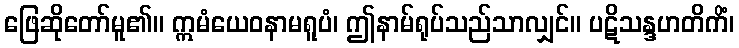
ဖြေဆိုတော်မူ၏။ ဣမံယေဝနာမရူပံ၊ ဤနာမ်ရုပ်သည်သာလျှင်။ ပဋိသန္ဒဟတိကိံ၊